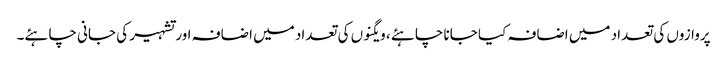
پروازوں کی تعداد میں اضافہ کیا جانا چاہئے ، ویگنوں کی تعداد میں اضافہ اور تشہیر کی جانی چاہئے۔